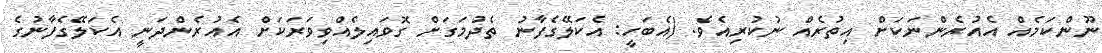
ނޫންކަމެއް އެއުރެންނަކަށް އިތުރެއް ނުކުރިއެވެ. (އެބަހީ: އެކަލޭގެފާނު ތެދުމަގަށް ގޮވައިލެއްވިވަރަކަށް އެއުރެންދަނީ އެކަލޭގެފާނުގެ